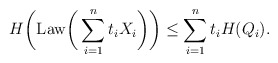
\begin{align*}H\bigg( \mathrm{Law} \bigg( \sum_{i=1}^n t_i X_i\bigg)\bigg) \le \sum_{i=1}^n t_i H( Q_i).\end{align*}